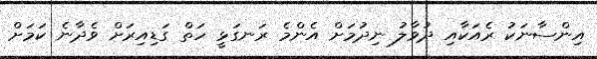
އިންސާނަކު ރެއަކާއި ދުވާލު ނިދުމަށް އެންމެ ރަނގަޅީ ހަތް ގަޑިއިރަށް ވެދާނެ ކަމަށް